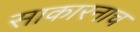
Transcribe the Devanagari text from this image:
साकारनाच